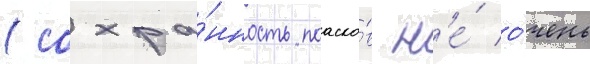
(сохра́нность поаско́в н'е́ о́чень